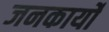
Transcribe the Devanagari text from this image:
जनकार्यों